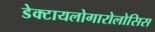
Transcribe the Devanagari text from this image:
डेक्टायलोगारोलोसिस